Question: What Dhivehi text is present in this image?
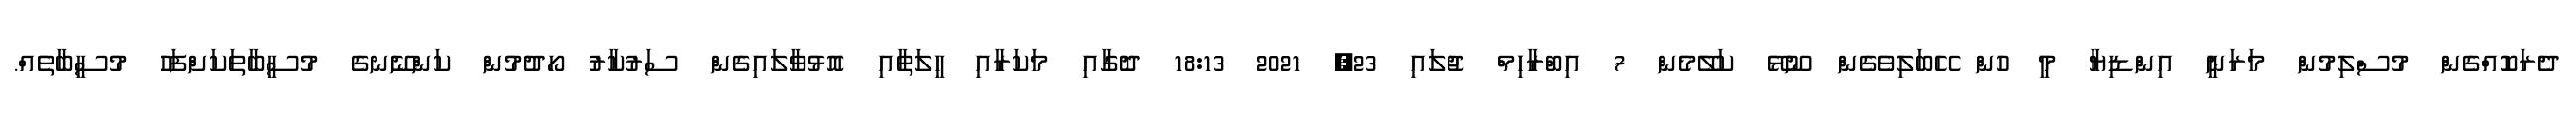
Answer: ދެރަކޮއްގެން މުސްލިމުން މަރަނީ އިންޑިޔާ މީ ހުން ހޭބަލިވެގެން ނޫޅޭ ކަލޭމެން 7 އިބްރާހިމް ޖުލައި 23, 2021 18:13 ދޮގާއި މަކަރާއި ހީލަތާއި އޮޅުވާލައިގެން ސަރުކާރު ހޯދުމުން ކަންނޭނގެ މުސީބާތަކަށްފަހު މުސީބާތެއް.